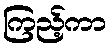
ကြည့်ကာ